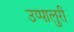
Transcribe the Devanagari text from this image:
उप्पालुरी